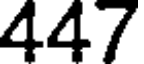
447